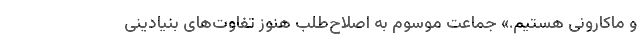
و ماکارونی هستیم.» جماعت موسوم به اصلاح‌طلب هنوز تفاوت‌های بنیادینی